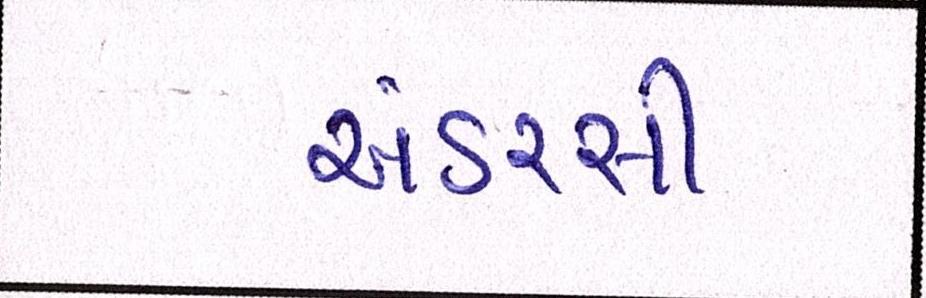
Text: અંડરસી